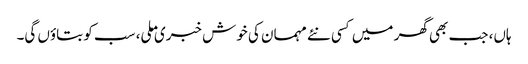
ہاں، جب بھی گھر میں کسی نئے مہمان کی خوش خبری ملی، سب کو بتاوٴں گی۔